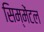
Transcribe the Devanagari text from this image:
सिम्मेंटल